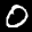
Label: 0